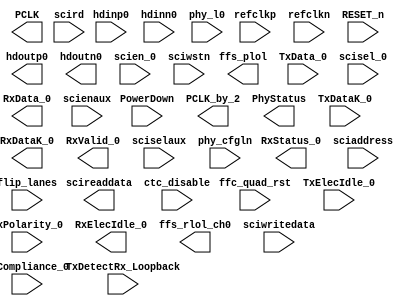
module rc_pcs_pipe_top (
input wire       refclkp,
   input wire       refclkn,
   input wire       RESET_n, 
   input wire       ffc_quad_rst,  
   input wire [1:0] PowerDown,
   input wire       TxDetectRx_Loopback,

   output wire   PCLK,
   output wire   PCLK_by_2,
   output reg    PhyStatus,
   output wire   ffs_plol,
   input wire             hdinp0, 
   input wire             hdinn0, 
   output wire            hdoutp0,
   output wire            hdoutn0,

   input wire [7:0]  TxData_0,
   input wire [0:0]   TxDataK_0,  
   input wire                   TxCompliance_0,
   input wire                   TxElecIdle_0,
   input wire                   RxPolarity_0,
   input wire                   scisel_0,
   input wire                   scien_0,   
   
   output wire [7:0] RxData_0,
   output wire [0:0]  RxDataK_0, 
   output wire                  RxValid_0,
   output wire                  RxElecIdle_0,
   output wire [2:0]            RxStatus_0,  
   output wire                  ffs_rlol_ch0,

   input [7:0]              sciwritedata,
   input [5:0]              sciaddress,
   input                    sciselaux,
   input                    scienaux,
   input                    scird,
   input                    sciwstn,
   output[7:0]              scireaddata,

   input wire               phy_l0,
   input wire [3:0]         phy_cfgln,
   input wire               ctc_disable,
   input wire               flip_lanes
  ) 
/*synthesis syn_black_box black_box_pad_pin = "refclkp, refclkn, hdinp0, hdinn0, hdoutp0, hdoutn0" */
/*synthesis black_box black_box_pad     = "refclkp, refclkn, hdinp0, hdinn0, hdoutp0, hdoutn0" */
/*synthesis UGROUP="RC_PIPE" PBBOX="20,20" */
;
endmodule